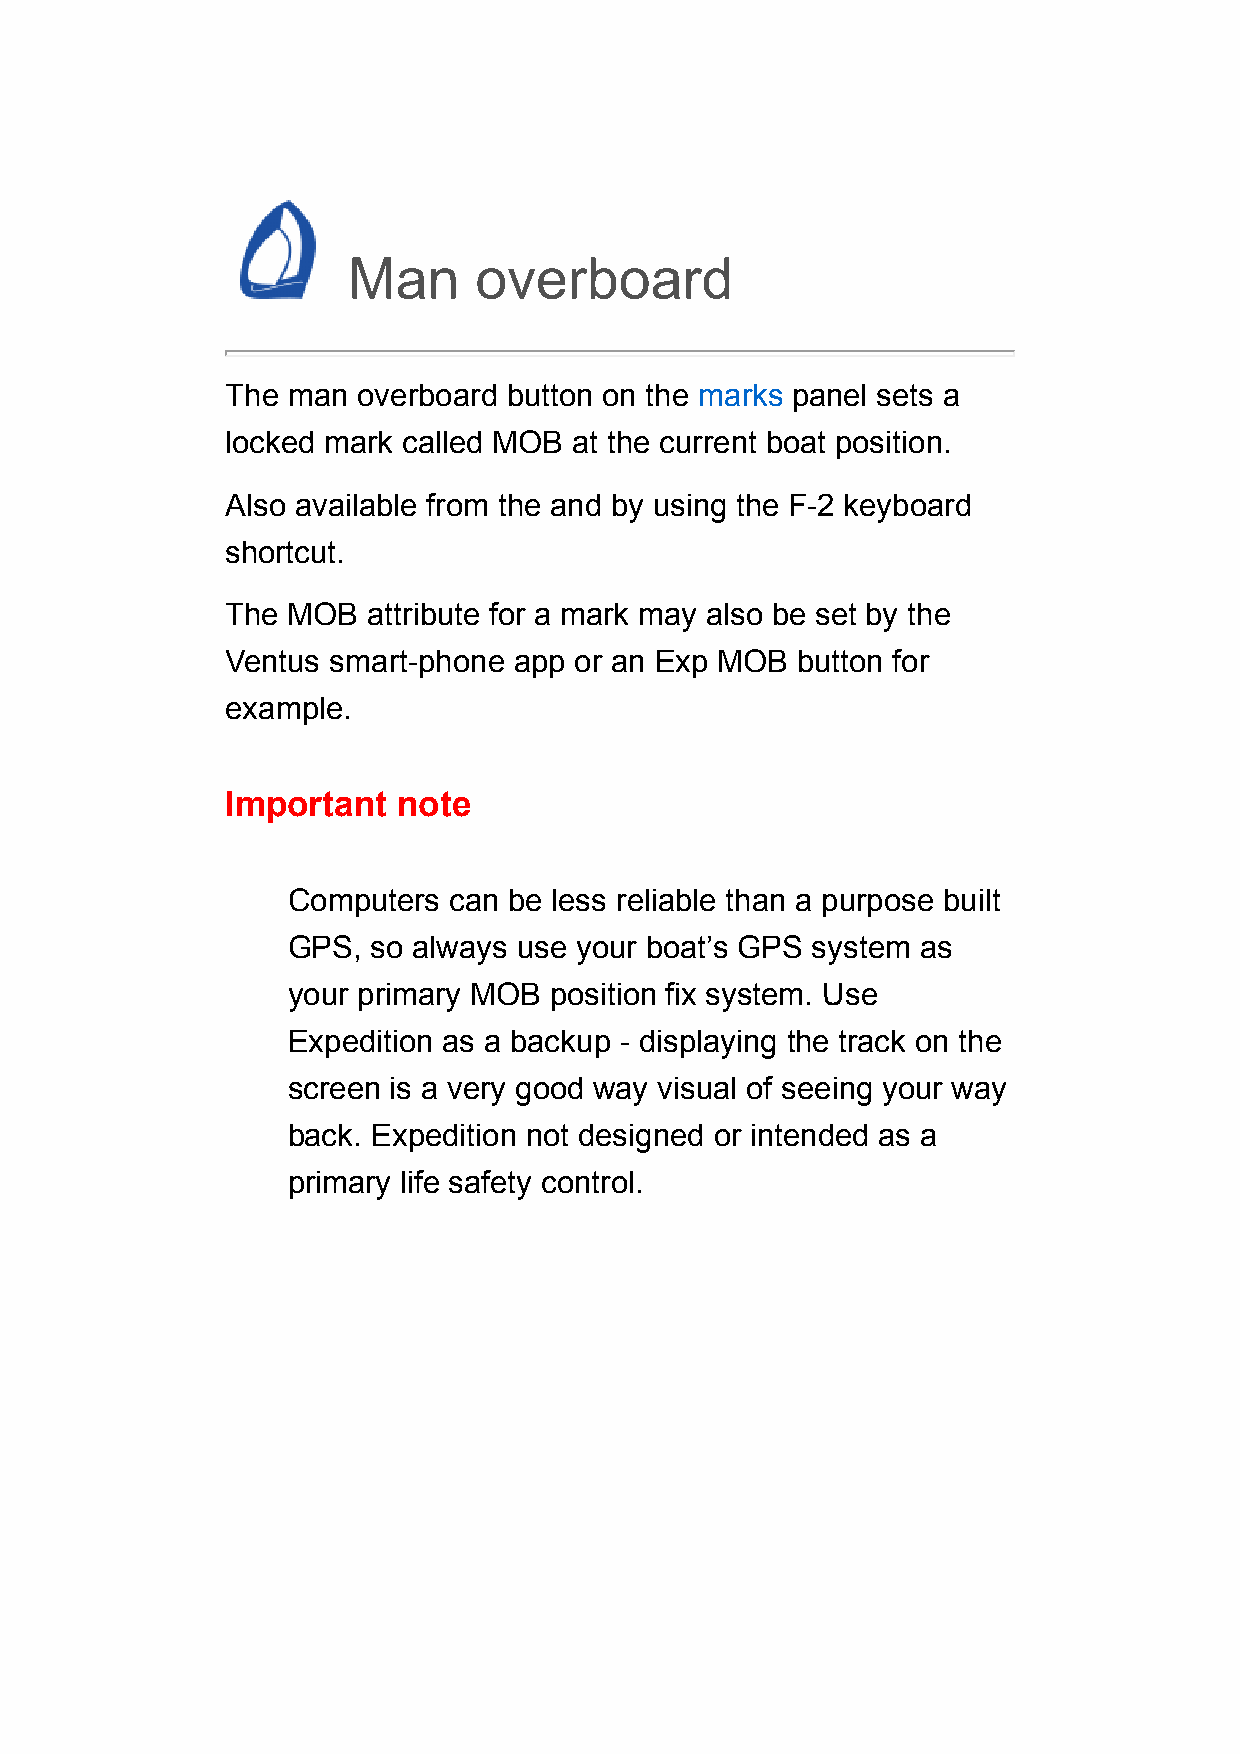
Man     overboard
 The man  overboard button on the marks panel sets a
 locked mark called MOB at the current boat position.
 Also available from the and by using the F-2 keyboard
 shortcut.
 The MOB  attribute for a mark may also be set by the
 Ventus smart-phone app or an Exp MOB  button for
 example.
 Important  note
 Computers  can be less reliable than a purpose built
 GPS,  so always use your boat’s GPS system as
 your primary MOB position fix system. Use
 Expedition as a backup - displaying the track on the
 screen is a very good way visual of seeing your way
 back. Expedition not designed or intended as a
 primary life safety control.